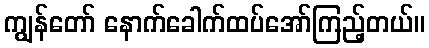
ကျွန်တော် နောက်ခေါက်ထပ်အော်ကြည့်တယ်။